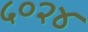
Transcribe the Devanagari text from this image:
५०२४